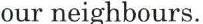
our neighbours.